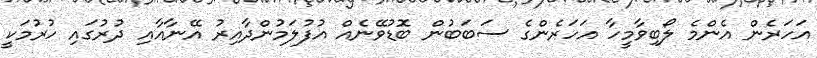
އަހަރެން އެންމެ ލޯބިވާމީހާ އަހަރެންގެ ސަބަބުން ބޮޑުވޭނެއް އުފުލަމުންދާއިރު އޭނާއާއި ދުރުގައި ހުރުމަކީ